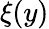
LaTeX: \xi(y)